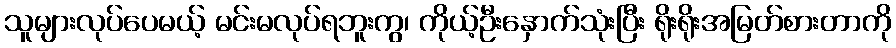
သူများလုပ်ပေမယ့် မင်းမလုပ်ရဘူးကွ၊ ကိုယ့်ဦးနှောက်သုံးပြီး ရိုးရိုးအမြတ်စားတာကို